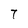
Character: T